Annual administration report of the Civil Veterinary Department of India - 1892-1893
Year: 1892
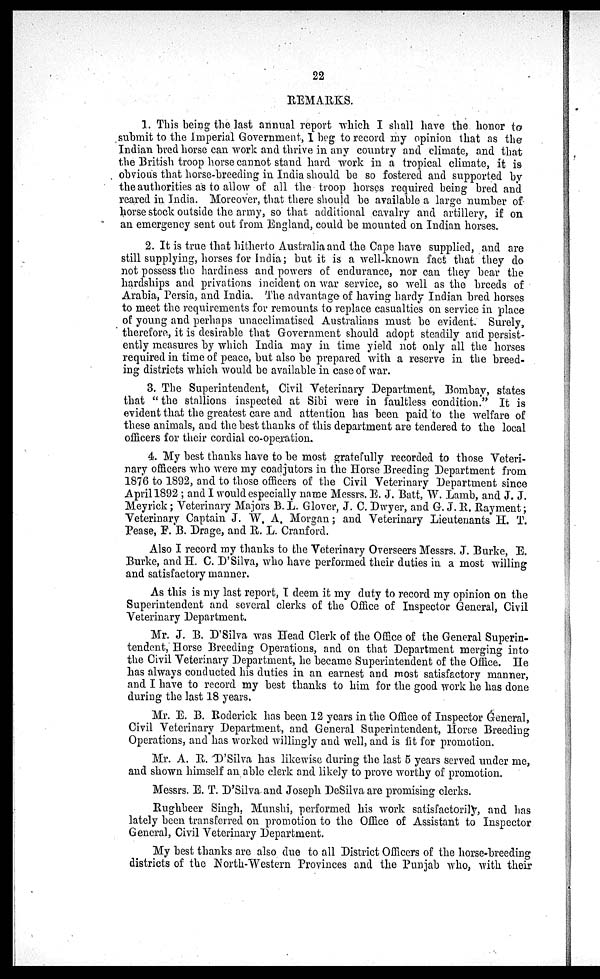
22
REMARKS.
1. This being the last annual report which I shall have the honor to
submit to the Imperial Government, I beg to record my opinion that as the
Indian bred horse can work and thrive in any country and climate, and that
the British troop horse cannot stand hard work in a tropical climate, it is
obvious that horse-breeding in India should be so fostered and supported by
the authorities as to allow of all the troop horses required being bred and
reared in India. Moreover, that there should be available a large number of
horse stock outside the army, so that additional cavalry and artillery, if on
an emergency sent out from England, could be mounted on Indian horses.
2. It is true that hitherto Australia and the Cape have supplied, and are
still supplying, horses for India; but it is a well-known fact that they do
not possess the hardiness and powers of endurance, nor can they bear the
hardships and privations incident on war service, so well as the breeds of
Arabia, Persia, and India. The advantage of having hardy Indian bred horses
to meet the requirements for remounts to replace casualties on service in place
of young and perhaps unacclimatised Australians must be evident. Surely,
therefore, it is desirable that Government should adopt steadily and persist-
ently measures by which India may in time yield not only all the horses
required in time of peace, but also be prepared with a reserve in the breed-
ing districts which would be available in case of war.
3. The Superintendent, Civil Veterinary Department, Bombay, states
that "the stallions inspected at Sibi were in faultless condition." It is
evident that the greatest care and attention has been paid to the welfare of
these animals, and the best thanks of this department are tendered to the local
officers for their cordial co-operation.
4. My best thanks have to be most gratefully recorded to those Veteri-
nary officers who were my coadjutors in the Horse Breeding Department from
1876 to 1892, and to those officers of the Civil Veterinary Department since
April 1892; and I would especially name Messrs. E. J. Batt, W. Lamb, and J. J.
Meyrick; Veterinary Majors B. L. Glover, J. C. Dwyer, and G. J. R. Rayment;
Veterinary Captain J. W. A. Morgan; and Veterinary Lieutenants H. T.
Pease, F. B. Drage, and R. L. Cranford.
Also I record my thanks to the Veterinary Overseers Messrs. J. Burke, E.
Burke, and H. C. D'Silva, who have performed their duties in a most willing
and satisfactory manner.
As this is my last report, I deem it my duty to record my opinion on the
Superintendent and several clerks of the Office of Inspector General, Civil
Veterinary Department.
Mr. J. B. D'Silva was Head Clerk of the Office of the General Superin-
tendent, Horse Breeding Operations, and on that Department merging into
the Civil Veterinary Department, he became Superintendent of the Office. He
has always conducted his duties in an earnest and most satisfactory manner,
and I have to record my best thanks to him for the good work he has done
during the last 18 years.
Mr. E. B. Roderick has been 12 years in the Office of Inspector General,
Civil Veterinary Department, and General Superintendent, Horse Breeding
Operations, and has worked willingly and well, and is fit for promotion.
Mr. A. R. D'Silva has likewise during the last 5 years served under me,
and shown himself an able clerk and likely to prove worthy of promotion.
Messrs. E. T. D'Silva and Joseph DeSilva are promising clerks.
Rughbeer Singh. Munshi, performed his work satisfactorily, and has
lately been transferred on promotion to the Office of Assistant to Inspector
General, Civil Veterinary Department.
My best thanks are also due to all District Officers of the horse-breeding
districts of the North-Western Provinces and the Punjab who, with their